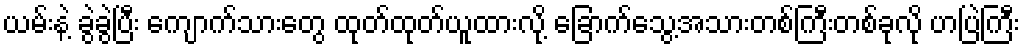
ယမ်းနဲ့ ခွဲခွဲပြီး ကျောက်သားတွေ ထုတ်ထုတ်ယူထားလို့ ခြောက်သွေ့အသားတစ်ကြီးတစ်ခုလို ဟပြဲကြီး